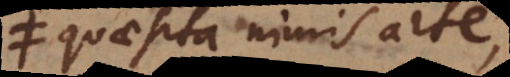
quaesita nimis arte,